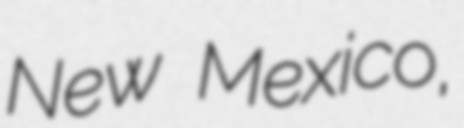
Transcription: New Mexico,